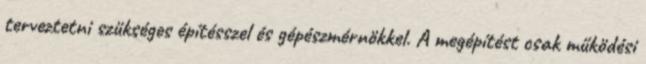
terveztetni szükséges építésszel és gépészmérnökkel. A megépítést csak működési